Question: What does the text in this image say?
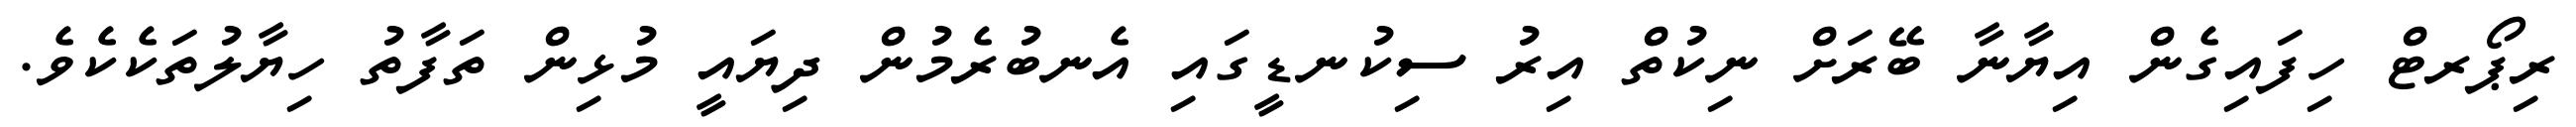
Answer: ރިޕޯރޓް ހިފައިގެން އިޔާނާ ބޭރަށް ނިކުތް އިރު ސިކުނޑީގައި އެނބުރެމުން ދިޔައީ މުޅިން ތަފާތު ހިޔާލުތަކެކެވެ.